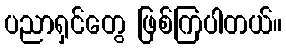
ပညာရှင်တွေ ဖြစ်ကြပါတယ်။